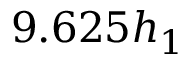
9 . 6 2 5 h _ { 1 }